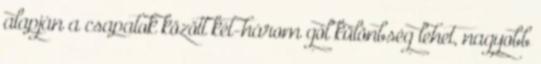
alapján a csapatok között két-három gól különbség lehet, nagyobb